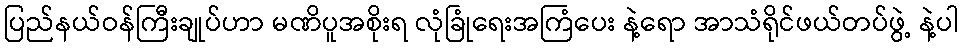
ပြည်နယ်ဝန်ကြီးချုပ်ဟာ မဏိပူအစိုးရ လုံခြုံရေးအကြံပေး နဲ့ရော အာသံရိုင်ဖယ်တပ်ဖွဲ့ နဲ့ပါ